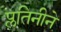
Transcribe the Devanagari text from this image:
प्लतिनीने